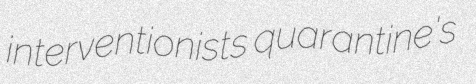
interventionists quarantine's